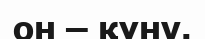
он – құну.